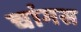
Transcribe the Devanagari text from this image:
चांगस